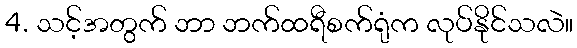
4. သင့်အတွက် ဘာ ဘက်ထရီစက်ရုံက လုပ်နိုင်သလဲ။